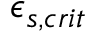
\epsilon _ { s , c r i t }